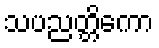
သပညတ္တိကော